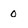
Character: 0